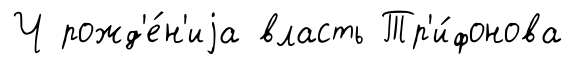
Ч рожд'е́н'иjа власть Тр'и́фонова